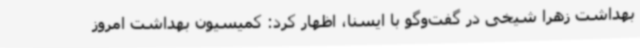
بهداشت زهرا شیخی در گفت‌وگو با ایسنا، اظهار کرد: کمیسیون بهداشت امروز